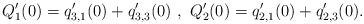
\begin{align*}Q_1'(0)=q_{3,1}'(0)+q_{3,3}'(0)\,\,,\,\,Q_2'(0)=q_{2,1}'(0)+q_{2,3}'(0).\end{align*}